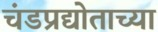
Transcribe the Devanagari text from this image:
चंडप्रद्योताच्या